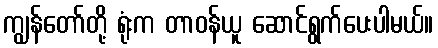
ကျွန်တော်တို့ ရုံးက တာဝန်ယူ ဆောင်ရွက်ပေးပါမယ်။